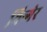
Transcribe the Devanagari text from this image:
यिन्गेर